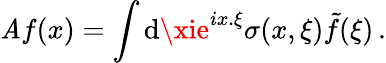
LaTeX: \mathit{A}f(x)=\int\mathrm{d}\xie^{ix.\xi}\sigma(x,\xi)\tilde{{f}}(\xi)\, .